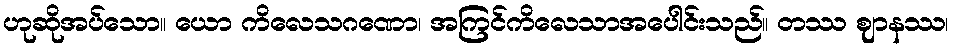
ဟုဆိုအပ်သော။ ယော ကိလေသဂဏော၊ အကြင်ကိလေသာအပေါင်းသည်။ တဿ ဈာနဿ၊